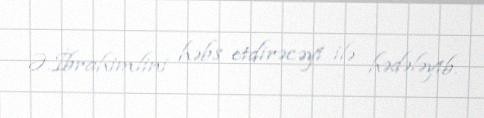
Ə.İbrahimlini həbs etdirəcəyi ilə hədələyib.